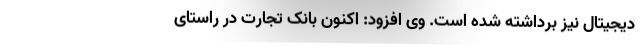
دیجیتال نیز برداشته شده است. وی افزود: اکنون بانک تجارت در راستای